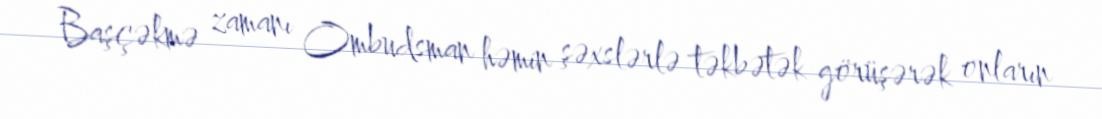
Başçəkmə zamanı Ombudsman həmin şəxslərlə təkbətək görüşərək onların